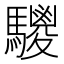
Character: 𩦲